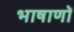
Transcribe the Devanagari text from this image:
भाषाणों